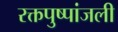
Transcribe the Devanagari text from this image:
रक्तपुष्पांजली